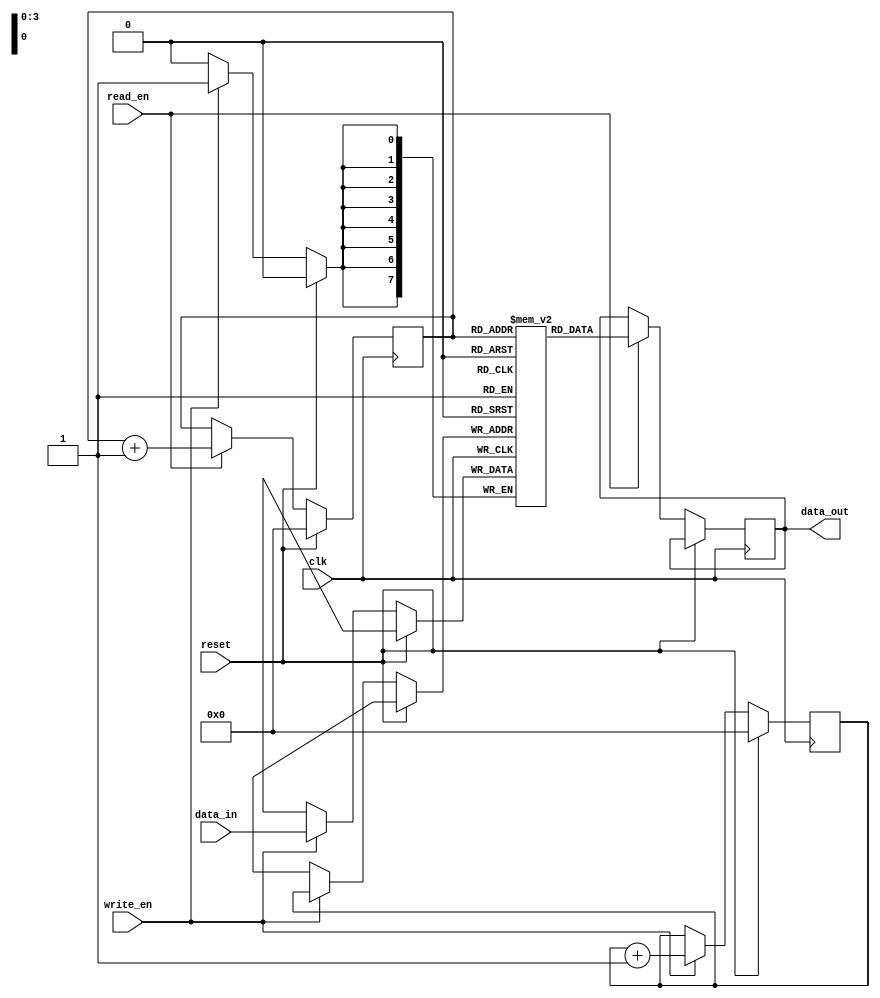
module fifo (
  input wire clk,
  input wire reset,
  input wire write_en,
  input wire read_en,
  input wire [7:0] data_in,
  output reg [7:0] data_out
);

parameter DEPTH = 16;
reg [7:0] mem [0:DEPTH-1];
reg [3:0] read_ptr;
reg [3:0] write_ptr;

always @(posedge clk) begin
  if (reset) begin
    read_ptr <= 4'b0;
    write_ptr <= 4'b0;
  end else begin
    if (write_en) begin
      mem[write_ptr] <= data_in;
      write_ptr <= write_ptr + 1;
    end
    if (read_en) begin
      data_out <= mem[read_ptr];
      read_ptr <= read_ptr + 1;
    end
  end
end

endmodule